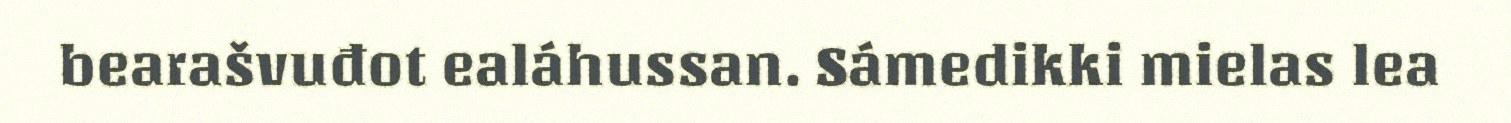
bearašvuđot ealáhussan. Sámedikki mielas lea